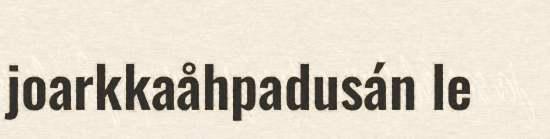
joarkkaåhpadusán le